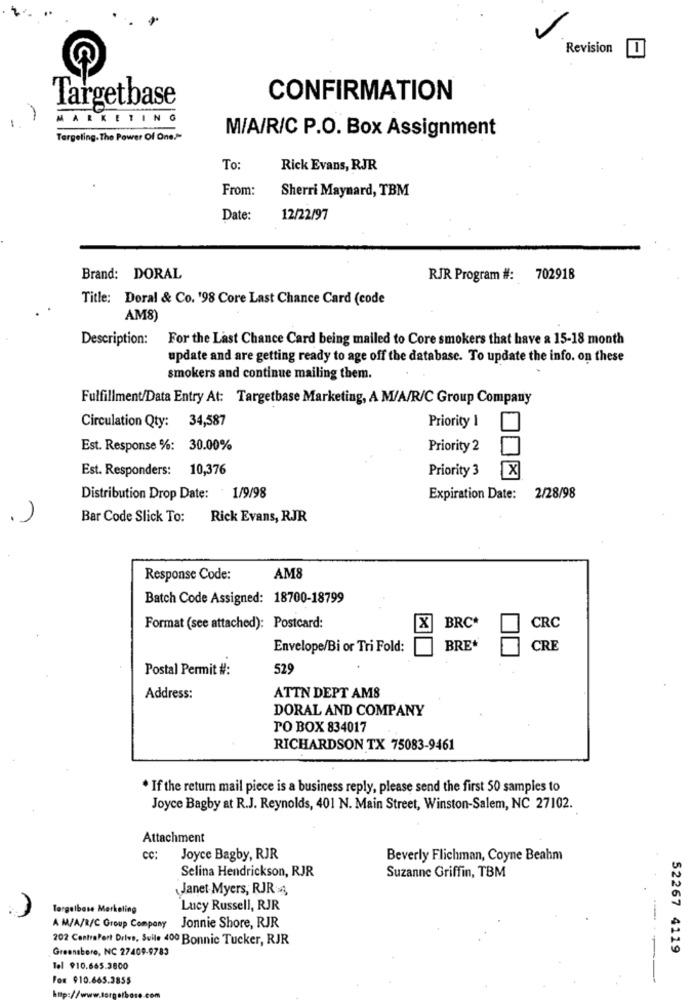
Revision
Targetbase
CONFIRMATION
MARKETING
M/A/R/C P.O. Box Assignment
Targeting.The Power Of One.>
To:
Rick Evans, RJR
From:
Sherri Maynard, TBM
Date:
12/22/97
Brand: DORAL
RJR Program #: 702918
Title: Doral & Co. '98 Core Last Chance Card (code
AM8
Description: For the Last Chance Card being mailed to Core smokers that have a 15-18 month
update and are getting ready to age off the database. To update the info. on these
smokers and continue mailing them.
Fulfillment/Data Entry At: Targetbase Marketing, A M/A/R/C Group Company
Circulation Qty: 34,587
Priority 1
Est. Response %: 30.00%
Priority 2
Est. Responders: 10,376
Priority 3
X
Distribution Drop Date: 1/9/98
Expiration Date: 2/28/98
Bar Code Slick To:
Rick Evans, RJR
Response Code:
AM8
Batch Code Assigned: 18700-18799
Format (see attached): Postcard:
X
BRC*
CRC
Envelope/Bi or Tri Fold:
BRE*
CRE
Postal Permit #:
529
Address:
ATTN DEPT AMS
DORAL AND COMPANY
PO BOX 834017
RICHARDSON TX 75083-9461
. If the return mail piece is a business reply, please send the first 50 samples to
Joyce Bagby at R.J. Reynolds, 401 N. Main Street, Winston-Salem, NC 27102.
Attachment
cc: Joyce Bagby, RJR
Beverly Flichman, Coyne Beahm
Selina Hendrickson, RJR
Suzanne Griffin, TBM
Janet Myers, RJR
Targetbase Marketing
Lucy Russell, RJR
A M/A/R/C Group Company
Jonnie Shore, RJR
202 ContraPert Drive, Suile 400 Bonnic Tucker, RJR
Greensbere, NC 27409-9783
52267 4119
Tel 910.665.3800
For $10.665.3855